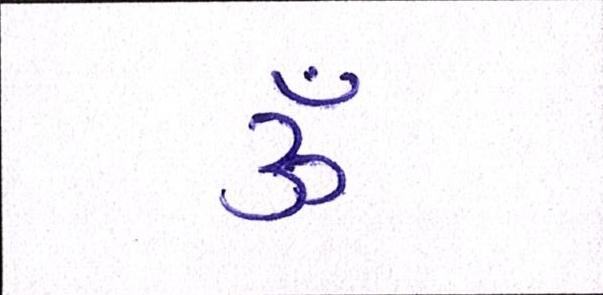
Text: ૐ